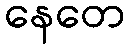
နေတေ